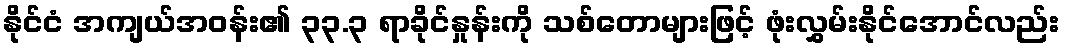
နိုင်ငံ အကျယ်အဝန်း၏ ၃၃.၃ ရာခိုင်နှုန်းကို သစ်တောများဖြင့် ဖုံးလွှမ်းနိုင်အောင်လည်း